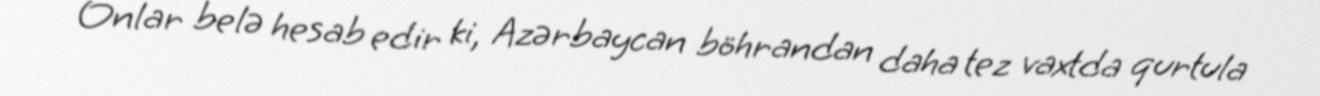
Onlar belə hesab edir ki, Azərbaycan böhrandan daha tez vaxtda qurtula